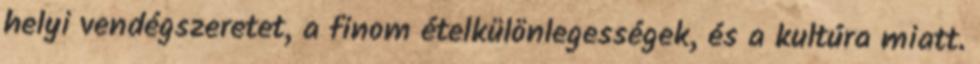
helyi vendégszeretet, a finom ételkülönlegességek, és a kultúra miatt.